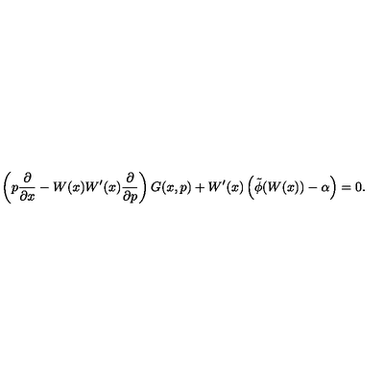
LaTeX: \left( p \frac { \partial } { \partial x } - W ( x ) W ^ { \prime } ( x ) \frac { \partial } { \partial p } \right) G ( x , p ) + W ^ { \prime } ( x ) \left( \tilde { \phi } ( W ( x ) ) - \alpha \right) = 0 .